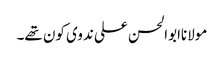
مولاناابوالحسن علی ندوی کون تھے۔